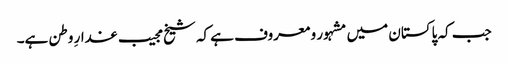
جب کہ پاکستان میں مشہور و معروف ہے کہ شیخ مجیب غدارِ وطن ہے۔